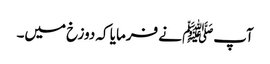
آپﷺ نے فرمایا کہ دوزخ میں۔